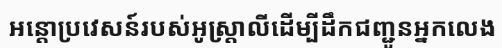
អន្តោប្រវេសន៍របស់អូស្ត្រាលីដើម្បីដឹកជញ្ជូនអ្នកលេង